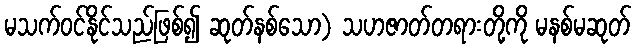
မသက်ဝင်နိုင်သည်ဖြစ်၍ ဆုတ်နစ်သော) သဟဇာတ်တရားတို့ကို မနစ်မဆုတ်